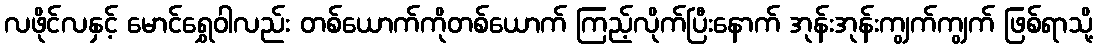
လဖိုင်လနှင့် မောင်ရွှေဝါလည်း တစ်ယောက်ကိုတစ်ယောက် ကြည့်လိုက်ပြီးနောက် အုန်းအုန်းကျွက်ကျွက် ဖြစ်ရာသို့